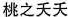
桃之夭夭